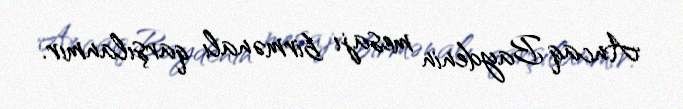
Ancaq Baydenin mesajı birmənalı qarşılanmır.